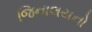
જિનાલયનો